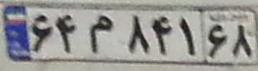
۶۴م۸۴۱۶۸